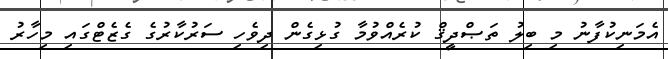
އެމަނިކުފާނު މި ބިލު ތަޞްދީޤް ކުރެއްވުމާ ގުޅިގެން ދިވެހި ސަރުކާރުގެ ގެޒެޓްގައި މިހާރު